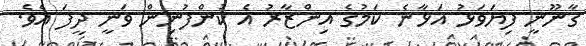
ގާނޫނީ ފިޔަވަޅު އަޅާނެ ކަމުގެ އިންޒާރު އެ ކުންފުނިން ވަނީ ދީފަ އެވެ.